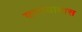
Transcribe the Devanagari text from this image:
करण्यायास